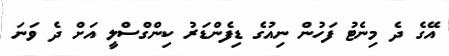
އޭގެ ދެ މިނެޓު ފަހުން ނިއުގެ ޑިފެންޑަރު ކިންގްސްލީ އަށް ދެ ވަނަ